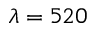
\lambda = 5 2 0